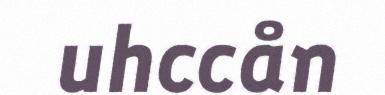
uhccån